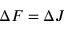
\Delta F = \Delta J